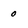
Character: 0